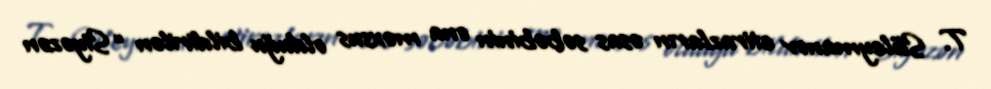
T. Süleymanov etirazların əsas səbəbinin ona məxsus olduğu bildirilən “Siyəzən